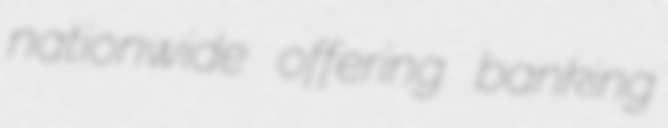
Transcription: nationwide offering banking